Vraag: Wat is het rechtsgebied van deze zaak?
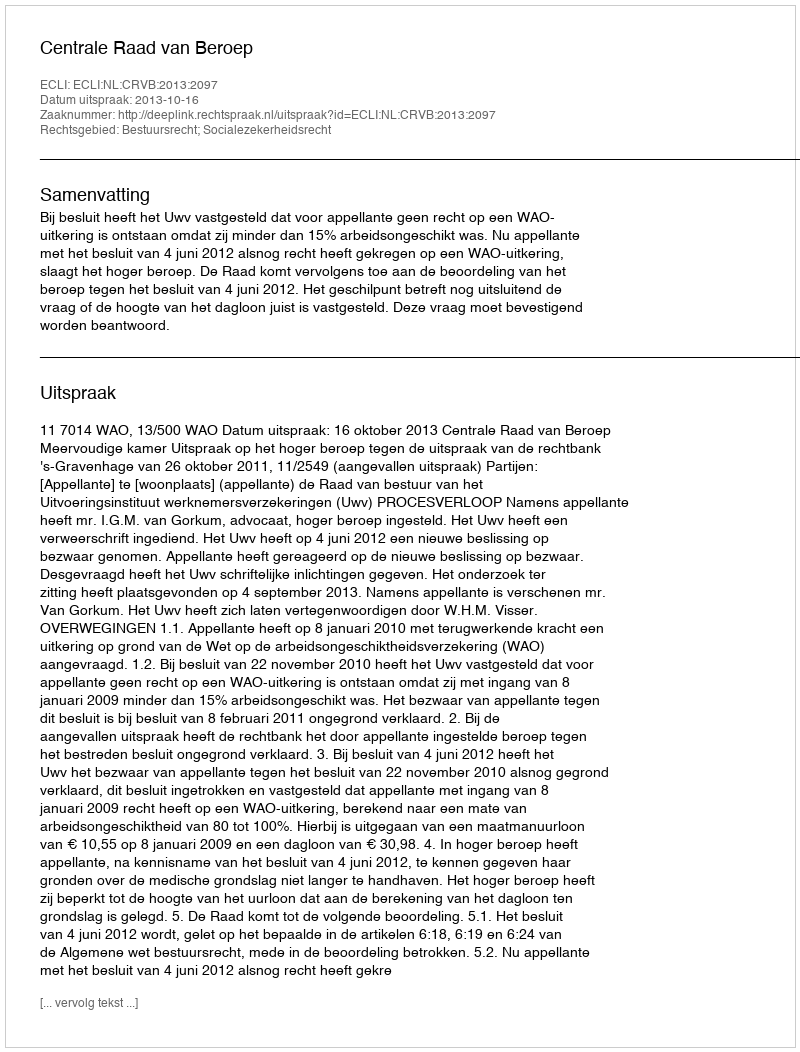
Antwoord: Bestuursrecht; Socialezekerheidsrecht